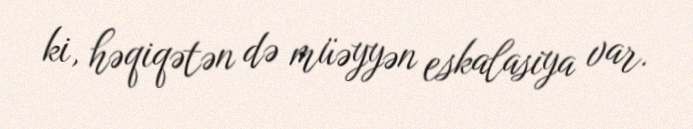
ki, həqiqətən də müəyyən eskalasiya var.